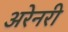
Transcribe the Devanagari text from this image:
अरेनरी